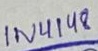
Text: 1N4148